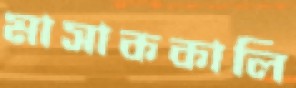
মাসাককালি